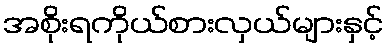
အစိုးရကိုယ်စားလှယ်များနှင့်